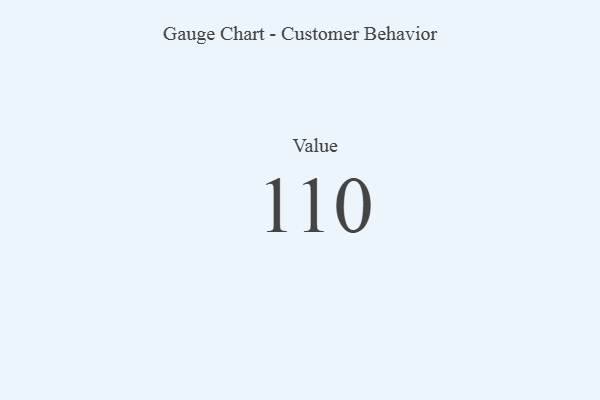
{"axis": {"x": "Metric", "y": "Value"}, "legend": [""], "data": [{"x": "Value", "y": 110, "type": ""}]}